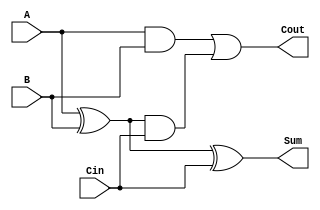
module FA_1bit(A, B, Cin, Sum, Cout);
	
	input A, B, Cin;
	output Sum, Cout;
	
	assign Sum = (A ^ B) ^ Cin;
	
	assign Cout = (A & B) | (A ^ B) & Cin;
	
endmodule